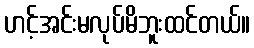
ဟင့်အင်းမလုပ်မိဘူးထင်တယ်။